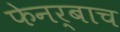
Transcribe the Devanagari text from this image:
फेनर्बाच